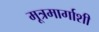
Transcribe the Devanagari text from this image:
मूत्रमार्गाशी